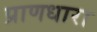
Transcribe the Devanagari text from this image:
प्राणधारा